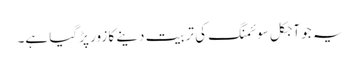
یہ جو آجکل سوئمنگ کی تربیت دینے کا زور پڑ گیا ہے۔